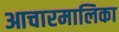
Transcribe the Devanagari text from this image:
आचारमालिका